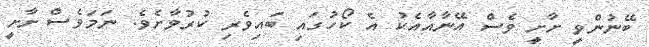
ބޭނުންވީ ށާށީ ވެސް އޭނާއާއެކު އެ ކޯހުގައި ބައިވެރި ކުރުވާށެވެ. ނަމަވެސް ށާށީ